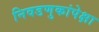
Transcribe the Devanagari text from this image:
निवडणुकांपेक्षा